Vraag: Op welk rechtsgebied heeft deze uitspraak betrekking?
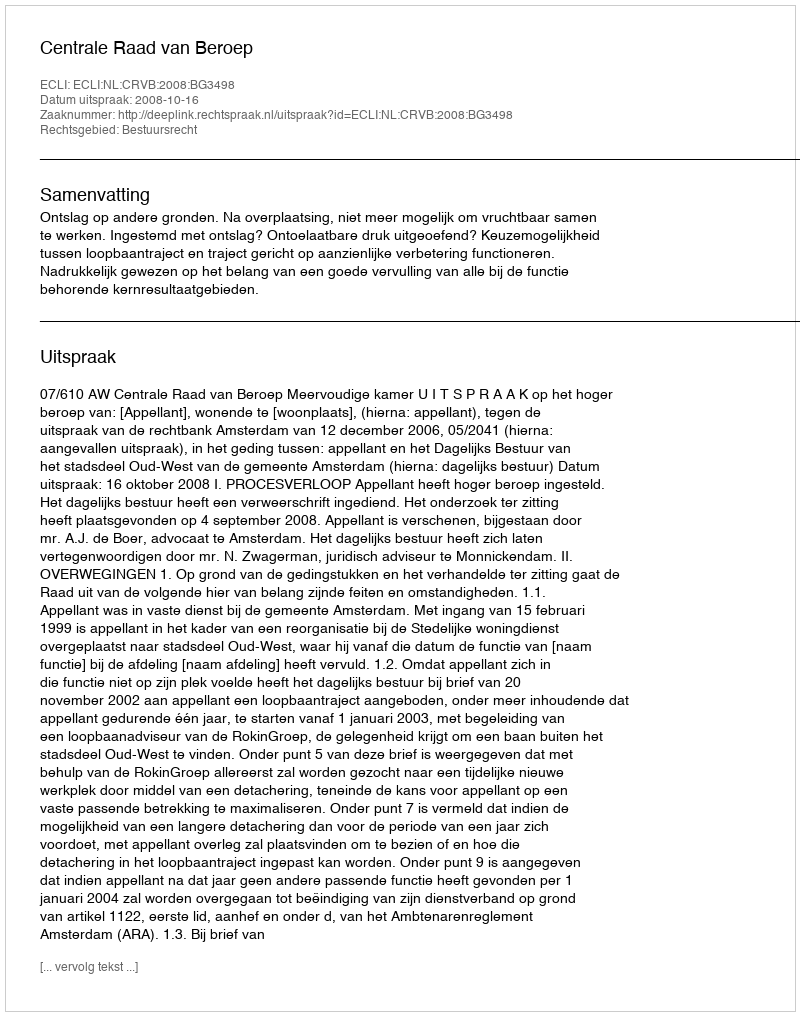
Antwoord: Bestuursrecht